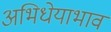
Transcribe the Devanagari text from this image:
अभिधेयाभाव